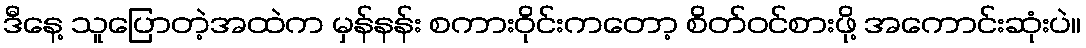
ဒီနေ့ သူပြောတဲ့အထဲက မှန်နန်း စကားဝိုင်းကတော့ စိတ်ဝင်စားဖို့ အကောင်းဆုံးပဲ။